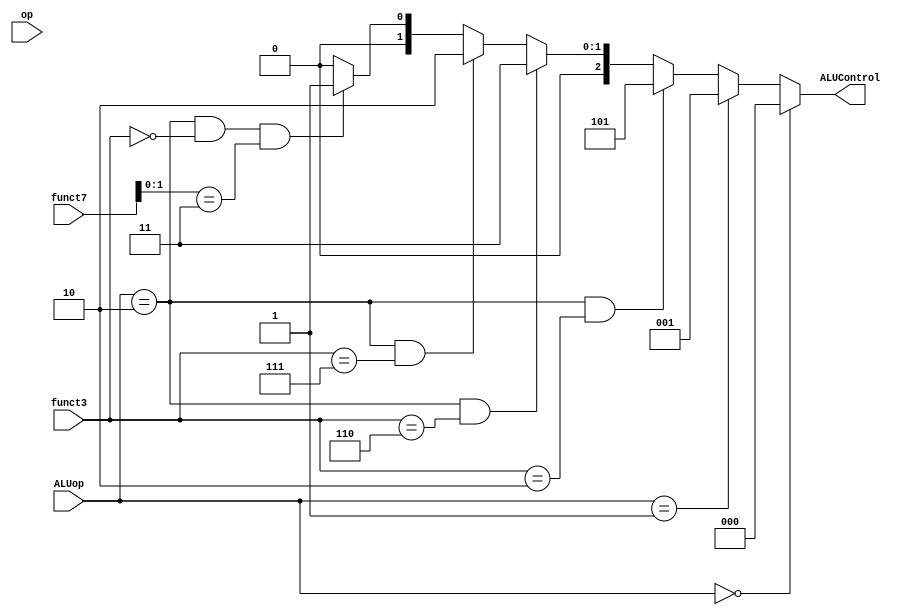
module control_alu_decoder(ALUop,op,funct3,funct7,ALUControl);
 

input [6:0]op, funct7;
input [2:0] funct3;
output [2:0] ALUControl;
input [1:0]ALUop;

wire [1:0] concatenation;  //when 2 one bit number gets concatenate the for two bit number

assign concatenation = {op,funct7};

assign ALUControl = (ALUop == 2'b00) ? 3'b000 :
                    (ALUop == 2'b01) ? 3'b001 :
                    ((ALUop == 2'b10) & (funct3 == 3'b010)) ? 3'b101 :
                    ((ALUop == 2'b10) & (funct3 == 3'b110)) ? 3'b011 :
                    ((ALUop == 2'b10) & (funct3 == 3'b111)) ? 3'b010 :
                    ((ALUop == 2'b10) & (funct3 == 3'b000) & (concatenation == 2'b11)) ? 3'b001 : 
                    ((ALUop == 2'b10) & (funct3 == 3'b000) & (concatenation != 2'b11)) ? 3'b000 : 3'b000;

 

  
endmodule